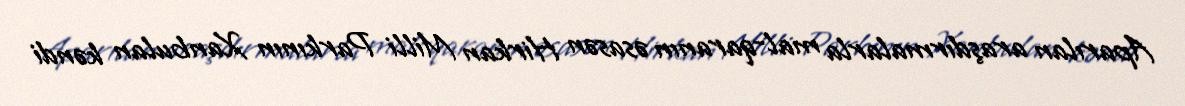
Aparılan araşdırmalarla mal-qaranın əsasən Hirkan Milli Parkının Xanbulan kəndi